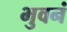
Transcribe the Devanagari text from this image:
भुवनं